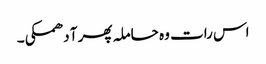
اس رات وہ حاملہ پھر آ دھمکی۔